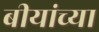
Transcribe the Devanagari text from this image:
बीयांच्या